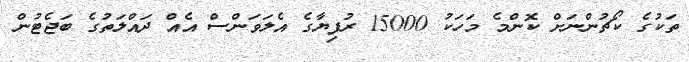
ތަކުގެ ކޯޗުންނަށް ކޮންމެ މަހަކު 15000 ރުފިޔާގެ އެލަވަންސް އެއް ދައްލަތުގެ ބަޖެޓުން